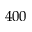
4 0 0